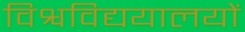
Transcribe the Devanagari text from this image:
विश्वविद्ययालयों